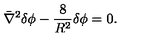
\bar { \nabla } ^ { 2 } \delta \phi - { \frac { 8 } { R ^ { 2 } } } \delta \phi = 0 .